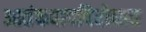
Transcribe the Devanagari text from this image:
आतंकवादविरोधात